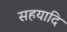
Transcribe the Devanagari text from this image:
सहयादि